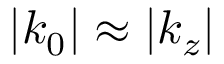
| k _ { 0 } | \approx | k _ { z } |